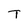
Character: T